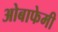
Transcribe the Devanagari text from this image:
ओबाफेमी